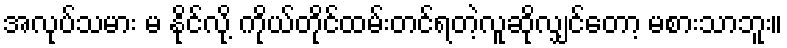
အလုပ်သမား မ နိုင်လို့ ကိုယ်တိုင်ထမ်းတင်ရတဲ့လူဆိုလျှင်တော့ မစားသာဘူး။